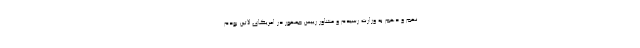
نهم و دهم به وزارت رسیدم و مشاور رییس جمهور در امریکای لاتین بودم.